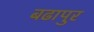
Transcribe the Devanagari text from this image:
बढापुर